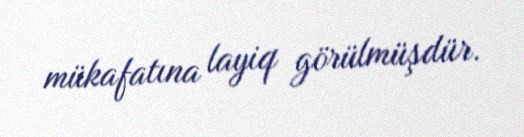
mükafatına layiq görülmüşdür.